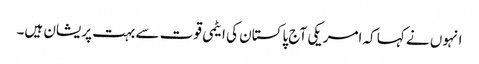
انہوں نے کہا کہ امریکی آج پاکستان کی ایٹمی قوت سے بہت پریشان ہیں۔